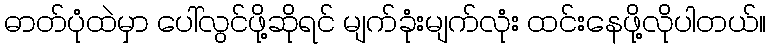
ဓာတ်ပုံထဲမှာ ပေါ်လွင်ဖို့ဆိုရင် မျက်ခုံးမျက်လုံး ထင်းနေဖို့လိုပါတယ်။